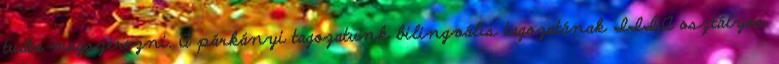
tudta megszerezni. A párkányi tagozatunk bilingvális tagozatának III.A osztályos